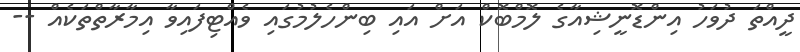
ދީއްތަ ދުވަހު އިންޑޮނީޝިއާގެ ލޮމްބޮކް އަށް އައި ބިންހެލުމުގައި ވެއްޓިފައިވާ އިމާރާތްތަކެއް --